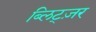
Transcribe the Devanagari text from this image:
ब्लिट्ज़र